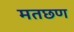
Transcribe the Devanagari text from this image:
मतछण